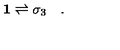
\mathbf { 1 } \rightleftharpoons \sigma _ { 3 } \quad .